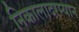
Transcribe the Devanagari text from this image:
निकालादरम्यान